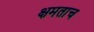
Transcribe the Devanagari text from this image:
क्षमताच